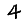
Digit: 4